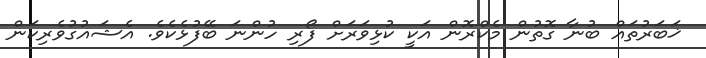
ޚަބަރުތައް ބުނާ ގޮތުން މެކްރޮން އަކީ ކުޅިވަރަށް ފޯރި ހުންނަ ބޭފުޅެކެވެ. އެޝައުގުވެރިކަން